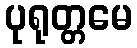
ပုရုတ္တမေ